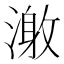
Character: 𰜹